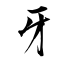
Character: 牙